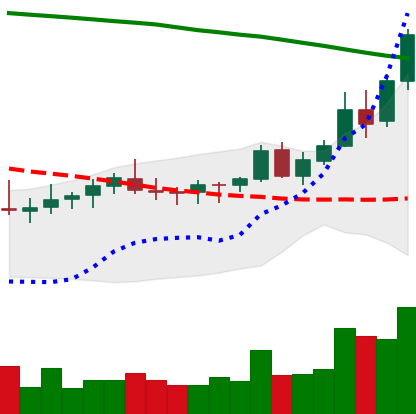
Ticker: XLM-USD
Chart end date: 2021-08-14
Forward return: -7.076%
Label: down_7plus